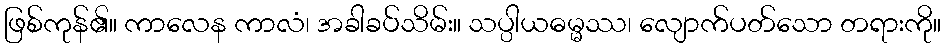
ဖြစ်ကုန်၏။ ကာလေန ကာလံ၊ အခါခပ်သိမ်း။ သပ္ပါယဓမ္မဿ၊ လျောက်ပတ်သော တရားကို။